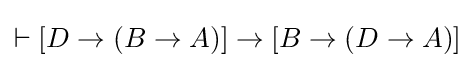
\vdash [D\to (B\to A)]\to [B\to (D\to A)]